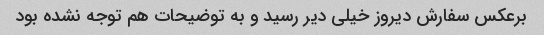
برعکس سفارش دیروز خیلی دیر رسید و به توضیحات هم توجه نشده بود